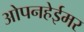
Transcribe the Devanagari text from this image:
ओपनहेईमर